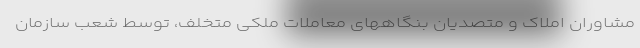
مشاوران املاک و متصدیان بنگاههای معاملات ملکی متخلف، توسط شعب سازمان